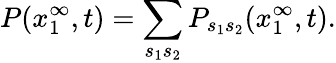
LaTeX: P(x_{1}^{\infty},t)=\sum_{s_{1}s_{2}}P_{s_{1}s_{2}}(x_{1}^{\infty},t).